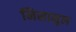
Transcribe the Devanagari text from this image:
निसानुल